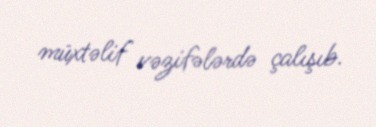
müxtəlif vəzifələrdə çalışıb.